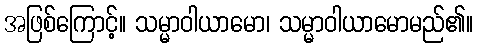
အဖြစ်ကြောင့်။ သမ္မာဝါယာမော၊ သမ္မာဝါယာမောမည်၏။